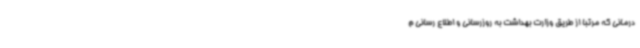
درمانی که مرتباً از طریق وزارت بهداشت به روزرسانی و اطلاع رسانی م